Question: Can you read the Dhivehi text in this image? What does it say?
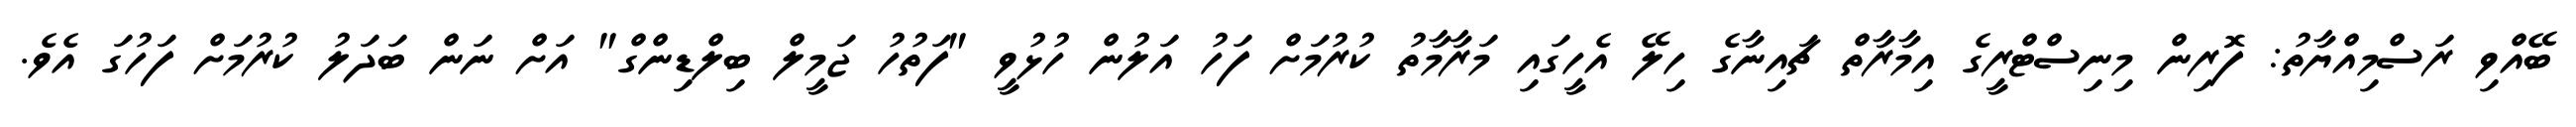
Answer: ބޭއްވި ރަސްމިއްޔާތު: ފޮރިން މިނިސްޓްރީގެ އިމާރާތް ޗައިނާގެ ހިލޭ އެހީގައި މަރާމާތު ކުރުމަށް ފަހު އަލުން ހުޅުވީ "ފަތުހު ޖަމީލް ބިލްޑިންގް" އަށް ނަން ބަދަލު ކުރުމަށް ފަހުގަ އެވެ.